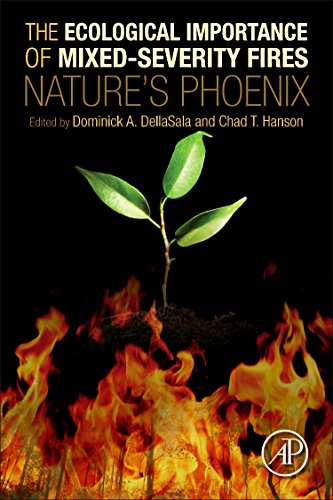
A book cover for The Ecological Importance of Mixed-Severity Fires: Nature's Phoenix; Dominick A DellaSala; Science & Math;